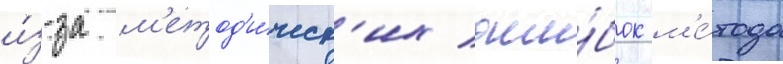
и́з-за м'етод'и́ческ'их оши́бок м'е́тода